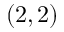
( 2 , 2 )